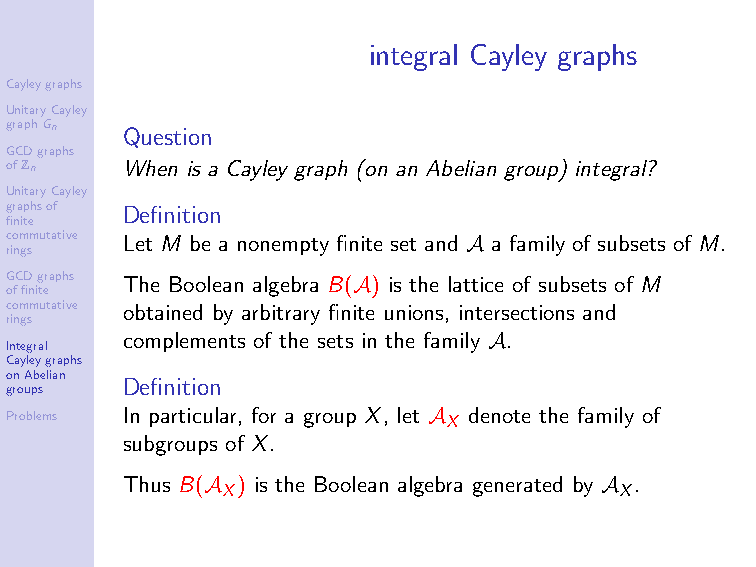
integral Cayley graphs
 Cayleygraphs
 UnitaryCayley
 graphGn
 Question
 GCDgraphs
 ofZn    When is a Cayley graph (on an Abelian group) integral?
 UnitaryCayley
 graphsof Definition
 finite
 commutative Let M be a nonempty finite set and A a family of subsets of M.
 rings
 GCDgraphs The Boolean algebra B(A) is the lattice of subsets of M
 offinite
 commutative obtained by arbitrary finite unions, intersections and
 rings
 complements of the sets in the family A.
 Integral
 Cayleygraphs
 onAbelian
 Definition
 groups
 Problems In particular, for a group X, let A X denote the family of
 subgroups of X.
 Thus B(A ) is the Boolean algebra generated by A .
 X                         X